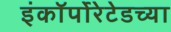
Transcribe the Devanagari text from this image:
इंकॉर्पोरेटेडच्या